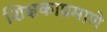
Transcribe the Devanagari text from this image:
शिक्षकाप्रमाणे